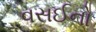
વસઈનો